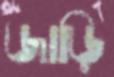
জাড়ি